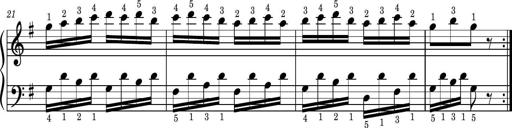
Title: Easy Progressive Lessons and 4 Sonatinas
Composer: Thomas Attwood